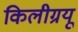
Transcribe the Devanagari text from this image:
किलीग्रयू